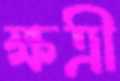
ক্ষত্রী